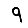
Digit: 9